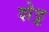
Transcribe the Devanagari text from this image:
शेट्ट